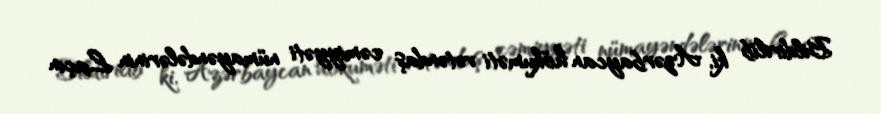
Bildirilib ki, Azərbaycan hökuməti vətəndaş cəmiyyəti nümayəndələrinin Laçın